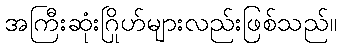
အကြီးဆုံးဂြိုဟ်များလည်းဖြစ်သည်။